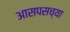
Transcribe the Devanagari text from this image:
आसपसच्या